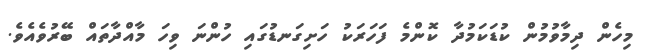
މިހެން ދިމާވުމުން ކުޑަކަމުދާ ކޮންމެ ފަހަރަކު ހަށިގަނޑުގައި ހުންނަ ވިހަ މާއްދާތައް ބޭރުވެއެވެ.